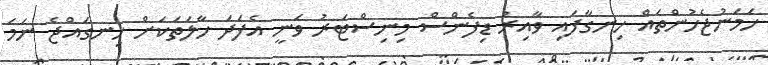
ހަމަނުޖެހުންތައް ހިނގާފައި ވާއިރު ޑިފެންސް މިނިސްޓަރު ވަނީ އެފަދަ ހާލަތަކަށް ހިނގައްޖެ ނަމަ